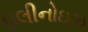
ઇલીનોઇઝ